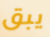
يبق